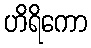
ဟိရိကော